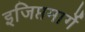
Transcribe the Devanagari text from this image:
इजिप्तमार्गे